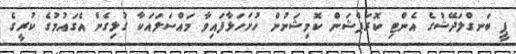
ޕީ ބަނގްލަދޭޝްގެ އެންޓި ކޮރަޕްޝަން ކޮމިޝަނުން ހުށަހަޅާފައިވާ މައްސަލައަކާ ގުޅިގެން އެގައުމުގެ ކުރީގެ